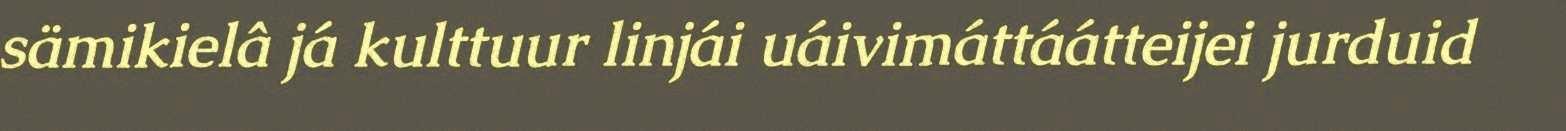
sämikielâ já kulttuur linjái uáivimáttáátteijei jurduid